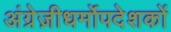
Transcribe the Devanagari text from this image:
अंग्रेज़ीधर्मोपदेशकों